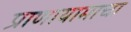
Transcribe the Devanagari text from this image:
प्राणायामाचा